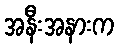
အနီးအနားက